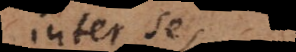
inter se